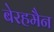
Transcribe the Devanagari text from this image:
बेरहमैन